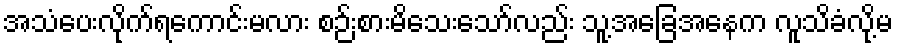
အသံပေးလိုက်ရကောင်းမလား စဉ်းစားမိသေးသော်လည်း သူ့အခြေအနေက လူသိခံလို့မ